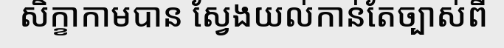
សិក្ខាកាមបាន ស្វែងយល់កាន់តែច្បាស់ពី